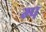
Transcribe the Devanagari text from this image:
म्प